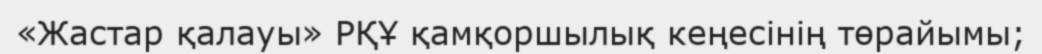
«Жастар қалауы» РҚҰ қамқоршылық кеңесінің төрайымы;